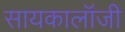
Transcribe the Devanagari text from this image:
सायकालॉजी